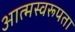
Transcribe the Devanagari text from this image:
आत्मस्वरूपता